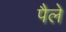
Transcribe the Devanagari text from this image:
पैले